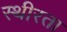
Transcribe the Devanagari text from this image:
स्थीरता